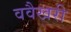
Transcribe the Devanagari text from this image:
ववैखरी